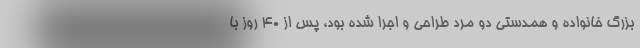
بزرگ خانواده و همدستی دو مرد طراحی و اجرا شده بود، پس از ۴۰ روز با